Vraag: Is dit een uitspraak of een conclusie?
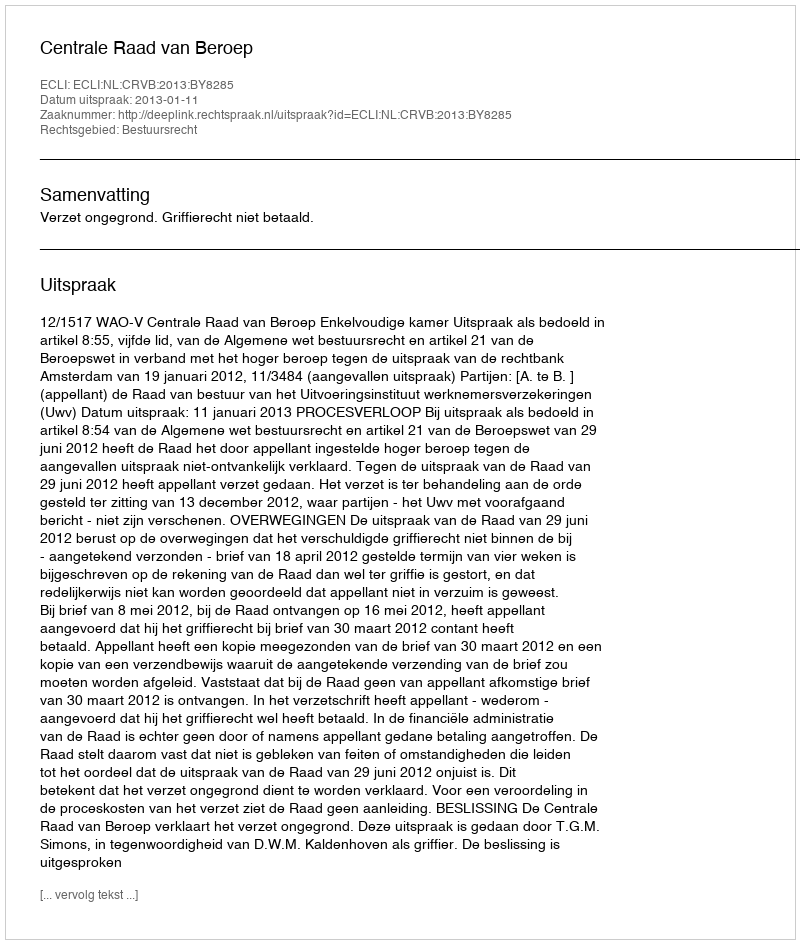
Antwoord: Uitspraak